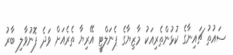
ސައުތު ޗައިނާގެ ކުޅުންތެރިއަކު މާޒިޔާގެ ޕެނަލްޓީ އޭރިޔާ ތެރެއަށް ވަދެ ފޮނުވާލި ބާރު